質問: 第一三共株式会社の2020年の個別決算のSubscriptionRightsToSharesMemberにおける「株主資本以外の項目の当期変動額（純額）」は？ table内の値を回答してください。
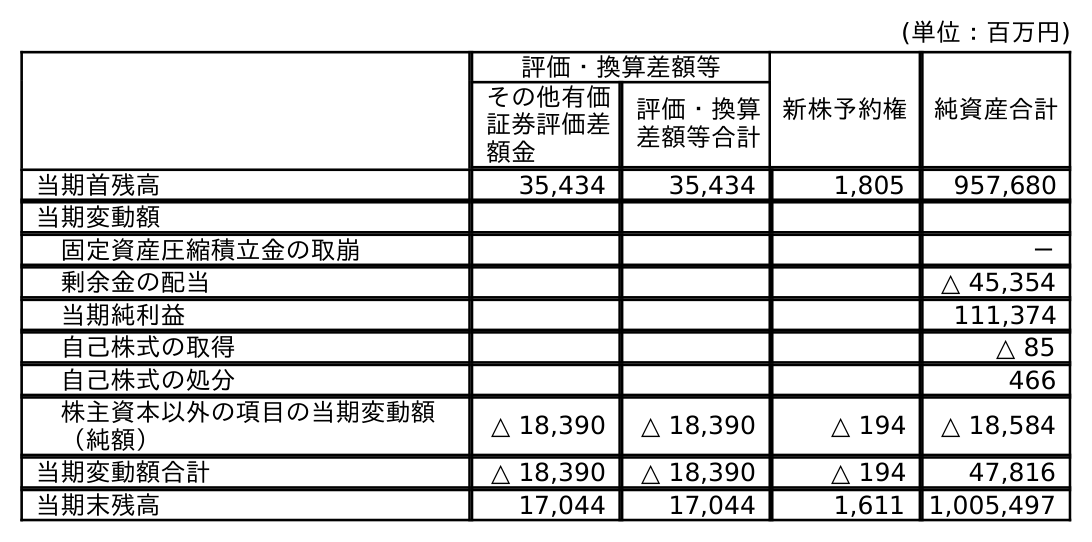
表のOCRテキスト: (単位：百万円) 評価・換算差額等 新株予約権 純資産合計 その他有価 証券評価差 額金 評価・換算 差額等合計 当期首残高 35,434 35,434 1,805 957,680 当期変動額 固定資産圧縮積立金の取崩 － 剰余金の配当 △ 45,354 当期純利益 111,374 自己株式の取得 △ 85 自己株式の処分 466 株主資本以外の項目の当期変動額 （純額） △ 18,390 △ 18,390 △ 194 △ 18,584 当期変動額合計 △ 18,390 △ 18,390 △ 194 47,816 当期末残高 17,044 17,044 1,611 1,005,497
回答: △194